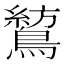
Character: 鶭